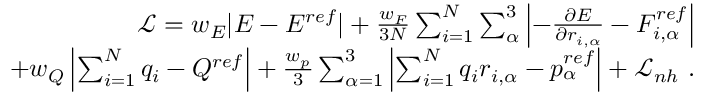
\begin{array} { r } { \mathcal { L } = w _ { E } | E - E ^ { r e f } | + \frac { w _ { F } } { 3 N } \sum _ { i = 1 } ^ { N } \sum _ { \alpha } ^ { 3 } \left| - \frac { \partial E } { \partial r _ { i , \alpha } } - F _ { i , \alpha } ^ { r e f } \right| } \\ { + w _ { Q } \left| \sum _ { i = 1 } ^ { N } q _ { i } - Q ^ { r e f } \right| + \frac { w _ { p } } { 3 } \sum _ { \alpha = 1 } ^ { 3 } \left| \sum _ { i = 1 } ^ { N } q _ { i } r _ { i , \alpha } - p _ { \alpha } ^ { r e f } \right| + \mathcal { L } _ { n h } ~ . } \end{array}